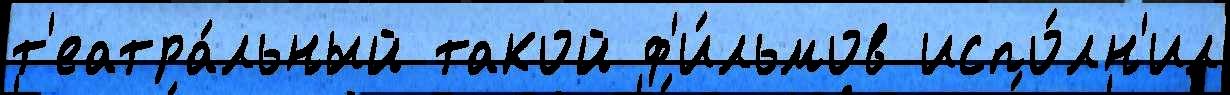
т'еатра́льный такой ф'и́льмов испо́лн'ил